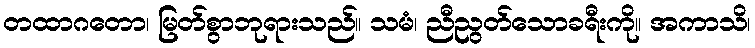
တထာဂတော၊ မြတ်စွာဘုရားသည်။ သမံ၊ ညီညွတ်သောခရီးကို။ အကာသိ၊